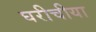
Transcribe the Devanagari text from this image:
घरीचीया